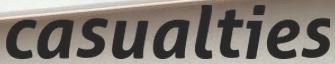
casualties